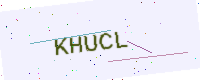
Text: KHUCL